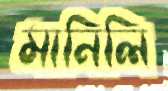
মানিলি